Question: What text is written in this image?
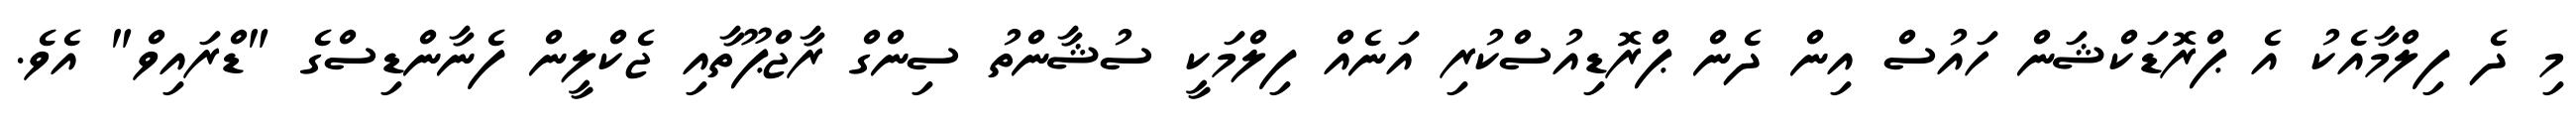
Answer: މި ދެ ފިލްމާއެކު އެ ޕްރޮޑަކްޝަން ހައުސް އިން ދެން ޕްރޮޑިއުސްކުރި އަނެއް ފިލްމަކީ ސުޝާންތު ސިންގް ރާޖްޕޫތާއި ޖެކްލީން ފެނާންޑިސްގެ "ޑްރައިވް" އެވެ.